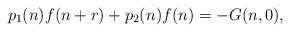
LaTeX: \begin{align*}p_{1}(n) f(n + r) + p_{2}(n) f(n) = - G(n, 0), \end{align*}